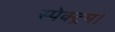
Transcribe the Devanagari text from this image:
स्पेक्ट्रम।